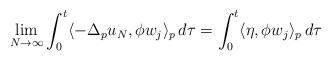
LaTeX: \begin{align*}\lim_{N\to\infty}\int_0^t \langle -\Delta_p u_N,\phi w_j\rangle_p \,d\tau = \int_0^t \langle \eta , \phi w_j\rangle_p \,d\tau\end{align*}